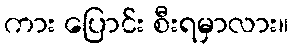
ကား ပြောင်း စီးရမှာလား။